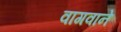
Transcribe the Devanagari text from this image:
वागवाने